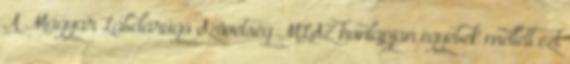
A Magyar Labdarúgó Szövetség MLSZ honlapján egyebek mellett ezt